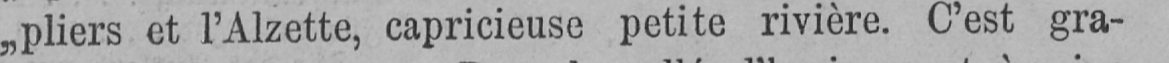
„pliers et l’Alzette, capricieuse petite rivière. C’est gra-